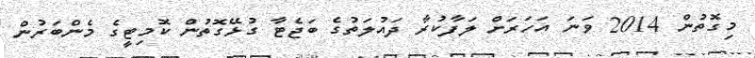
މިގޮތުން 2014 ވަނަ އަހަރަށް ލަފާކުރާ ދައުލަތުގެ ބަޖެޓާ ގުޅޭގޮތުން ކޮމިޓީގެ މެންބަރުން